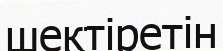
шектіретін